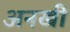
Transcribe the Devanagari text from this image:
अनखी